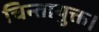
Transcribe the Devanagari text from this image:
चिन्तायुक्त।